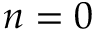
n = 0